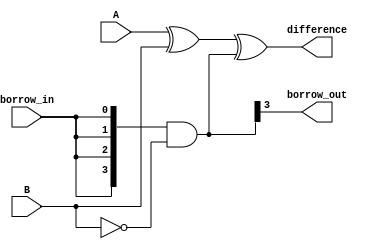
module subtractor (
    input [3:0] A,
    input [3:0] B,
    input borrow_in,
    output [3:0] difference,
    output borrow_out
);

wire [3:0] borrow;
wire [3:0] diff;

assign {borrow[3], borrow[2], borrow[1], borrow[0]} = {borrow_in, borrow_in, borrow_in, borrow_in} & ~B;
assign {diff[3], diff[2], diff[1], diff[0]} = A ^ B ^ borrow;

assign difference = diff;
assign borrow_out = borrow[3];

endmodule